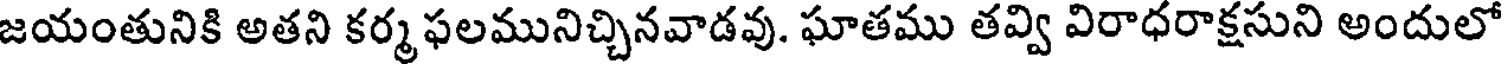
జయంతునికి అతని కర్మ ఫలమునిచ్చినవాడవు. ఘాతము తవ్వి విరాధరాక్షసుని అందులో